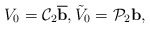
\begin{align*}V_0=\mathcal C_2 \overline{ \mbox{\bf b}},\tilde V_0=\mathcal P_2 \mbox{\bf b},\end{align*}